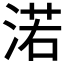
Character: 渃